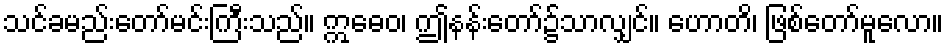
သင်ခမည်းတော်မင်းကြီးသည်။ ဣဓေဝ၊ ဤနန်းတော်၌သာလျှင်။ ဟောတိ၊ ဖြစ်တော်မူလော။